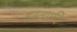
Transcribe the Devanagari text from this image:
इस्त्यादि